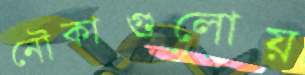
নৌকাগুলোয়